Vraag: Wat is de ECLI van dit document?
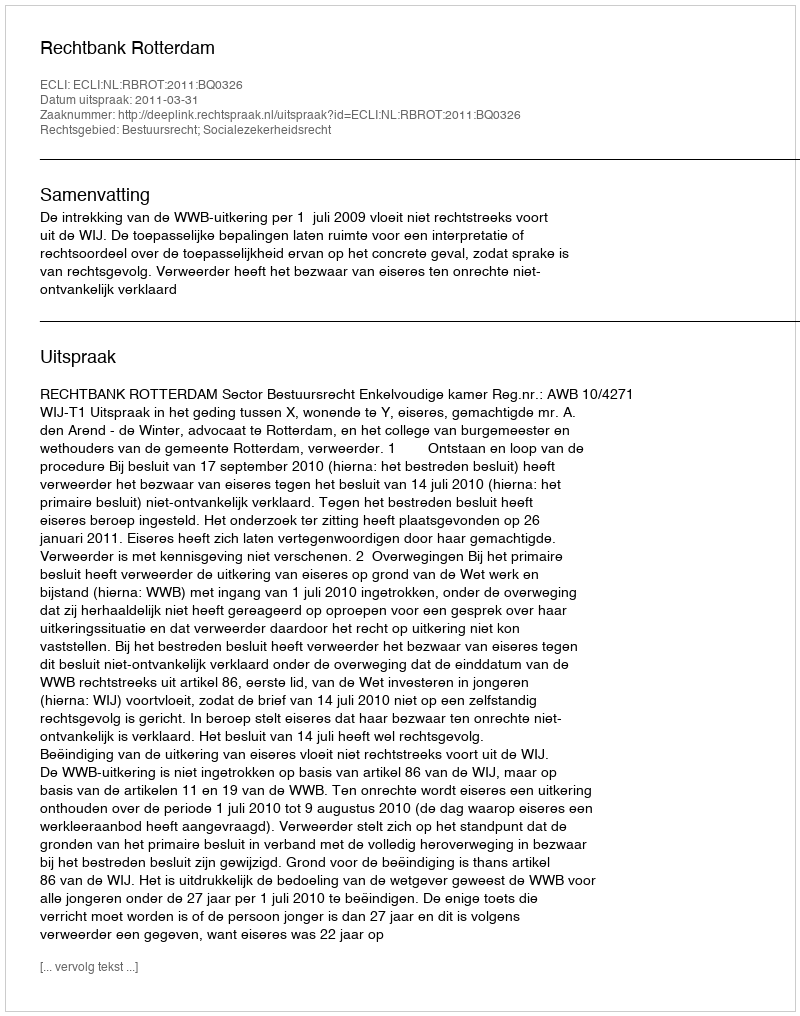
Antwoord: ECLI:NL:RBROT:2011:BQ0326